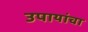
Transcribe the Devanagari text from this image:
उपायांचा